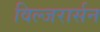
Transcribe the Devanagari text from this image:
विल्जरार्सन